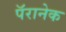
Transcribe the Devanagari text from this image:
पॅरानेक